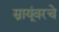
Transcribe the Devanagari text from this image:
स्नायूंवरचे